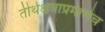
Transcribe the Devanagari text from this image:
तीर्थक्षेत्राप्रमाणेच